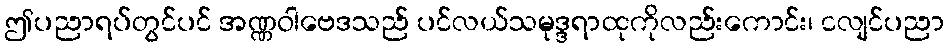
ဤပညာရပ်တွင်ပင် အဏ္ဏဝါဗေဒသည် ပင်လယ်သမုဒ္ဒရာထုကိုလည်းကောင်း၊ ငလျင်ပညာ